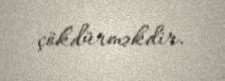
çökdürməkdir.